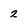
Character: 2